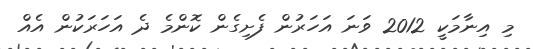
މި އިނާމަކީ 2012 ވަނަ އަހަރުން ފެށިގެން ކޮންމެ ދެ އަހަރަކުން އެއް